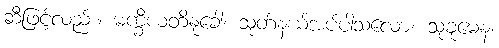
ဆီဖြင့်လည်း။ မက္ခီယတိနုခေါ၊ သုတ်နယ်အပ်ပါသလော။ သုခုမေန၊